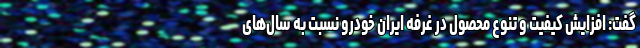
گفت: افزایش کیفیت و تنوع محصول در غرفه ایران خودرو نسبت به سال‌های